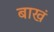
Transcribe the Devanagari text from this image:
बाखं